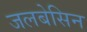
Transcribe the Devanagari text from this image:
जलबेसिन